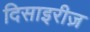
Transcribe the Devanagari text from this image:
दिसाइरीज़